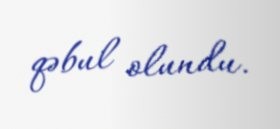
qəbul olundu.